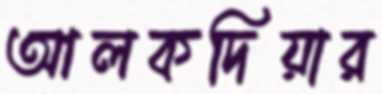
আলকদিয়ার